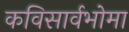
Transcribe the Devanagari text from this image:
कविसार्वभोमा